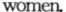
women.